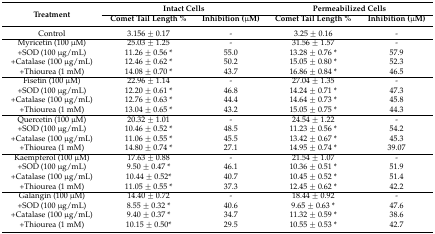
<table><thead><tr><td rowspan="2"><b>Treatment</b></td><td colspan="2"><b>Intact Cells</b></td><td colspan="2"><b>Permeabilized Cells</b></td></tr><tr><td><b>Comet Tail Length %</b></td><td><b>Inhibition (μM)</b></td><td><b>Comet Tail Length %</b></td><td><b>Inhibition (μM)</b></td></tr></thead><tbody><tr><td>Control</td><td>3.156 ± 0.17</td><td>-</td><td>3.25 ± 0.16</td><td>-</td></tr><tr><td>Myricetin (100 μM)</td><td>25.03 ± 1.25</td><td>-</td><td>31.56 ± 1.57</td><td>-</td></tr><tr><td>+SOD (100 μg/mL)</td><td>11.26 ± 0.56 *</td><td>55.0</td><td>13.28 ± 0.76 *</td><td>57.9</td></tr><tr><td>+Catalase (100 μg/mL)</td><td>12.46 ± 0.62 *</td><td>50.2</td><td>15.05 ± 0.80 *</td><td>52.3</td></tr><tr><td>+Thiourea (1 mM)</td><td>14.08 ± 0.70 *</td><td>43.7</td><td>16.86 ± 0.84 *</td><td>46.5</td></tr><tr><td>Fisetin (100 μM)</td><td>22.96 ± 1.14</td><td>-</td><td>27.04 ± 1.35</td><td>-</td></tr><tr><td>+SOD (100 μg/mL)</td><td>12.20 ± 0.61 *</td><td>46.8</td><td>14.24 ± 0.71 *</td><td>47.3</td></tr><tr><td>+Catalase (100 μg/mL)</td><td>12.76 ± 0.63 *</td><td>44.4</td><td>14.64 ± 0.73 *</td><td>45.8</td></tr><tr><td>+Thiourea (1 mM)</td><td>13.04 ± 0.65 *</td><td>43.2</td><td>15.05 ± 0.75 *</td><td>44.3</td></tr><tr><td>Quercetin (100 μM)</td><td>20.32 ± 1.01</td><td>-</td><td>24.54 ± 1.22</td><td>-</td></tr><tr><td>+SOD (100 μg/mL)</td><td>10.46 ± 0.52 *</td><td>48.5</td><td>11.23 ± 0.56 *</td><td>54.2</td></tr><tr><td>+Catalase (100 μg/mL)</td><td>11.06 ± 0.55 *</td><td>45.5</td><td>13.42 ± 0.67 *</td><td>45.3</td></tr><tr><td>+Thiourea (1 mM)</td><td>14.80 ± 0.74 *</td><td>27.1</td><td>14.95 ± 0.74 *</td><td>39.07</td></tr><tr><td>Kaempferol (100 μM)</td><td>17.63 ± 0.88</td><td>-</td><td>21.54 ± 1.07</td><td>-</td></tr><tr><td>+SOD (100 μg/mL)</td><td>9.50 ± 0.47 *</td><td>46.1</td><td>10.36 ± 0.51 *</td><td>51.9</td></tr><tr><td>+Catalase (100 μg/mL)</td><td>10.44 ± 0.52*</td><td>40.7</td><td>10.45 ± 0.52 *</td><td>51.4</td></tr><tr><td>+Thiourea (1 mM)</td><td>11.05 ± 0.55 *</td><td>37.3</td><td>12.45 ± 0.62 *</td><td>42.2</td></tr><tr><td>Galangin (100 μM)</td><td>14.40 ± 0.72</td><td>-</td><td>18.44 ± 0.92</td><td>-</td></tr><tr><td>+SOD (100 μg/mL)</td><td>8.55 ± 0.32 *</td><td>40.6</td><td>9.65 ± 0.63 *</td><td>47.6</td></tr><tr><td>+Catalase (100 μg/mL)</td><td>9.40 ± 0.37 *</td><td>34.7</td><td>11.32 ± 0.59 *</td><td>38.6</td></tr><tr><td>+Thiourea (1 mM)</td><td>10.15 ± 0.50*</td><td>29.5</td><td>10.55 ± 0.53 *</td><td>42.7</td></tr></tbody></table>